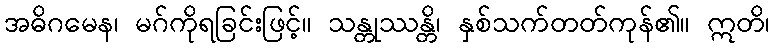
အဓိဂမေန၊ မဂ်ကိုရခြင်းဖြင့်။ သန္တုဿန္တိ၊ နှစ်သက်တတ်ကုန်၏။ ဣတိ၊